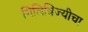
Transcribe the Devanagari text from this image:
मिलित्रिज्यीचा